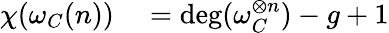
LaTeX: \begin{array}{rl}{\chi(\omega_{C}(n))}&{{}=\deg(\omega_{C}^{\otimes n})-g+1}\end{array}